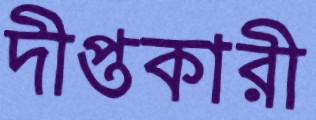
দীপ্তকারী